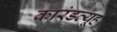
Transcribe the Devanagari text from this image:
कारंडव्यूह